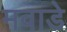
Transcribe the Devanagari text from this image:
मवाडे